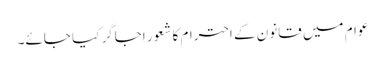
عوام میں قانون کے احترام کا شعور اجاگر کیا جائے۔